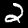
Label: 2